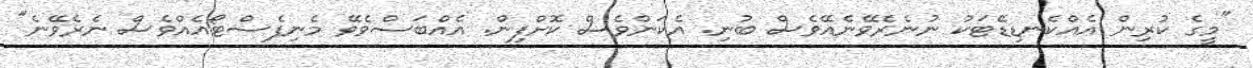
"މީގެ ކުރިން އެއްކެނޑިޑޭޓަކު ނުނެރެވޭނެއޭވެސް ބުނި. އެކަންވެސް ކޮށްފިން. އެއްބަސްވެވޭ މެނިފެސްޓޯއެއްވެސް ނެރެވޭނެ"